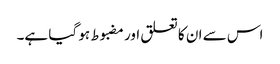
اس سے ان کا تعلق اور مضبوط ہو گیا ہے۔